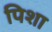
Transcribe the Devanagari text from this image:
पिशा